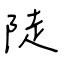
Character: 陡